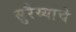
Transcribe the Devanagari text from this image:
सुरैय्याचे